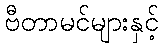
ဗီတာမင်များနှင့်